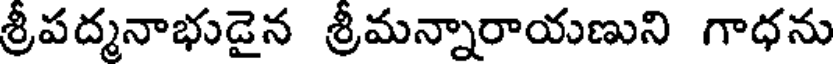
శ్రీపద్మనాభుడైన శ్రీమన్నారాయణుని గాధను